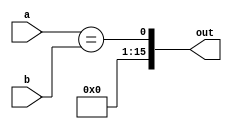
module equalTo(
input [15:0] a, b,
output [15:0] out
);

wire signed [15:0] signed_a, signed_b;

assign signed_a = a;
assign signed_b = b;

assign out[15:1] = 15'b0;
assign out[0] = a == b;

endmodule